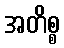
အတိစ္စ